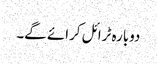
دوبارہ ٹرائل کرائے گے۔